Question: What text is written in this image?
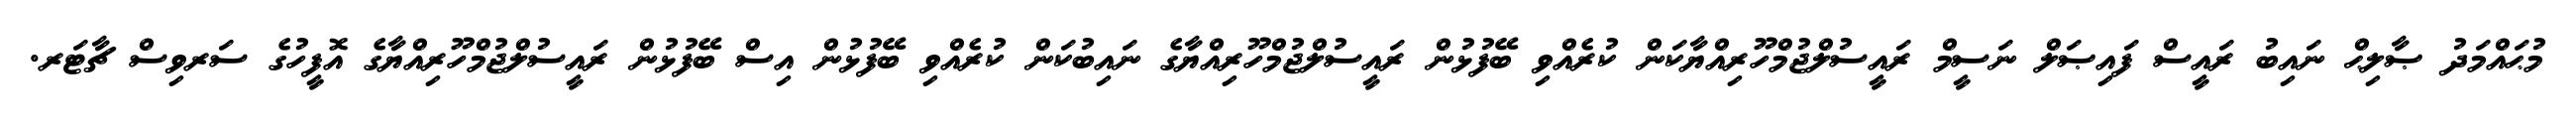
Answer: މުޙައްމަދު ޞާލިޙް ނައިބު ރައީސް ފައިޞަލް ނަސީމް ރައީސުލްޖުމްހޫރިއްޔާކަން ކުރެއްވި ބޭފުޅުން ރައީސުލްޖުމްހޫރިއްޔާގެ ނައިބުކަން ކުރެއްވި ބޭފުޅުން އިސް ބޭފުޅުން ރައީސުލްޖުމްހޫރިއްޔާގެ އޮފީހުގެ ސަރވިސް ޗާޓަރ.